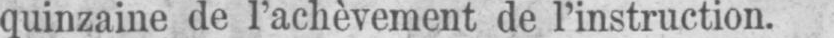
quinzaine de l’achèvement de l’instruction.